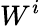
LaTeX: W^{i}